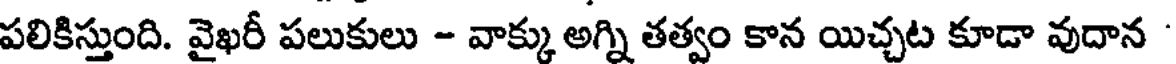
పలికిస్తుంది. వైఖరీ పలుకులు - వాక్కు అగ్ని తత్వం కాన యిచ్చట కూడా వుదాన